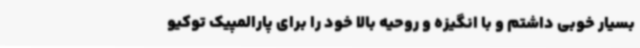
بسیار خوبی داشتم و با انگیزه و روحیه بالا خود را برای پارالمپیک توکیو